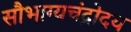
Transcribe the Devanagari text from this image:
सौभाग्यचंद्रोदय